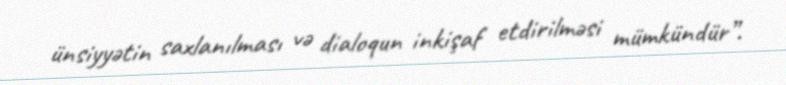
ünsiyyətin saxlanılması və dialoqun inkişaf etdirilməsi mümkündür”.